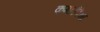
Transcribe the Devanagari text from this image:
कमाईपेक्षा